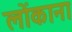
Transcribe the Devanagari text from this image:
लोंकाना